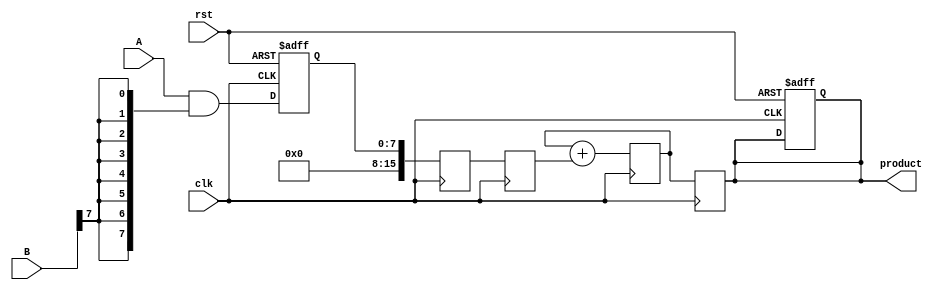
module PipelinedWallaceTreeMultiplier #(parameter N = 8) (
    input clk,
    input rst,
    input [N-1:0] A,
    input [N-1:0] B,
    output reg [(2*N)-1:0] product
);
    // Intermediate signals
    reg [N-1:0] partial_products [0:N-1];
    reg [2*N-1:0] stage1_results [0:N-1];
    reg [2*N-1:0] stage2_results [0:N-1];
    reg [2*N-1:0] final_sum;

    // Generate partial products
    integer i, j;
    always @(posedge clk or posedge rst) begin
        if (rst) begin
            for (i = 0; i < N; i = i + 1) begin
                partial_products[i] <= 0;
            end
            product <= 0;
        end else begin
            // Generate partial products
            for (i = 0; i < N; i = i + 1) begin
                partial_products[i] <= A & {N{B[i]}};
            end
        end
    end

    // Wallace Tree Reduction Stage 1
    always @(posedge clk) begin
        // Sum partial products using Wallace tree reduction
        for (i = 0; i < N; i = i + 1) begin
            stage1_results[i] <= partial_products[i];
        end
    end

    // Wallace Tree Reduction Stage 2
    always @(posedge clk) begin
        // Example reduction logic (simplified)
        for (i = 0; i < N/3; i = i + 1) begin
            stage2_results[i] <= stage1_results[3*i] + stage1_results[3*i+1] + stage1_results[3*i+2];
        end
        // Handle remaining partial products
        for (i = N/3; i < N; i = i + 1) begin
            stage2_results[i] <= stage1_results[i];
        end
    end

    // Final Addition Stage
    always @(posedge clk) begin
        // Final addition of the last two rows
        final_sum <= stage2_results[0];
        for (i = 1; i < N; i = i + 1) begin
            final_sum <= final_sum + stage2_results[i];
        end
        product <= final_sum;
    end

endmodule